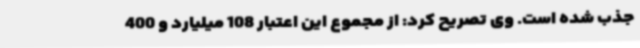
جذب شده است. وی تصریح کرد: از مجموع این اعتبار 108 میلیارد و 400